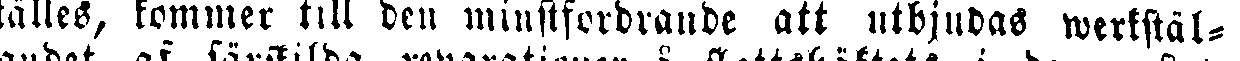
tälles, kommer till den minstfordrande att utbjudas werkstäl-